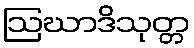
ဩဃာဒိသုတ္တ